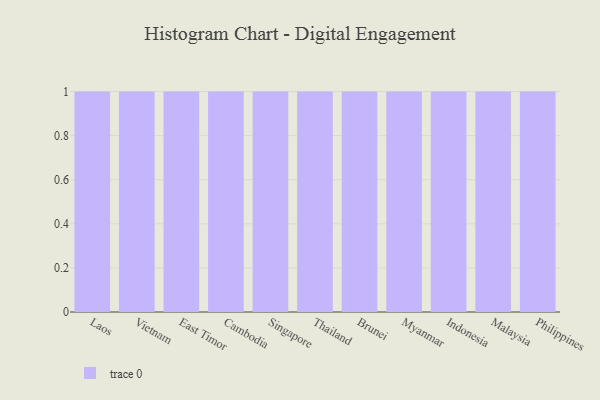
{"axis": {"x": "Country", "y": "Population (Million)"}, "legend": [""], "data": [{"x": "Laos", "y": 3, "type": ""}, {"x": "Vietnam", "y": 93, "type": ""}, {"x": "East Timor", "y": 33, "type": ""}, {"x": "Cambodia", "y": 100, "type": ""}, {"x": "Singapore", "y": 36, "type": ""}, {"x": "Thailand", "y": 42, "type": ""}, {"x": "Brunei", "y": 49, "type": ""}, {"x": "Myanmar", "y": 93, "type": ""}, {"x": "Indonesia", "y": 79, "type": ""}, {"x": "Malaysia", "y": 94, "type": ""}, {"x": "Philippines", "y": 79, "type": ""}]}